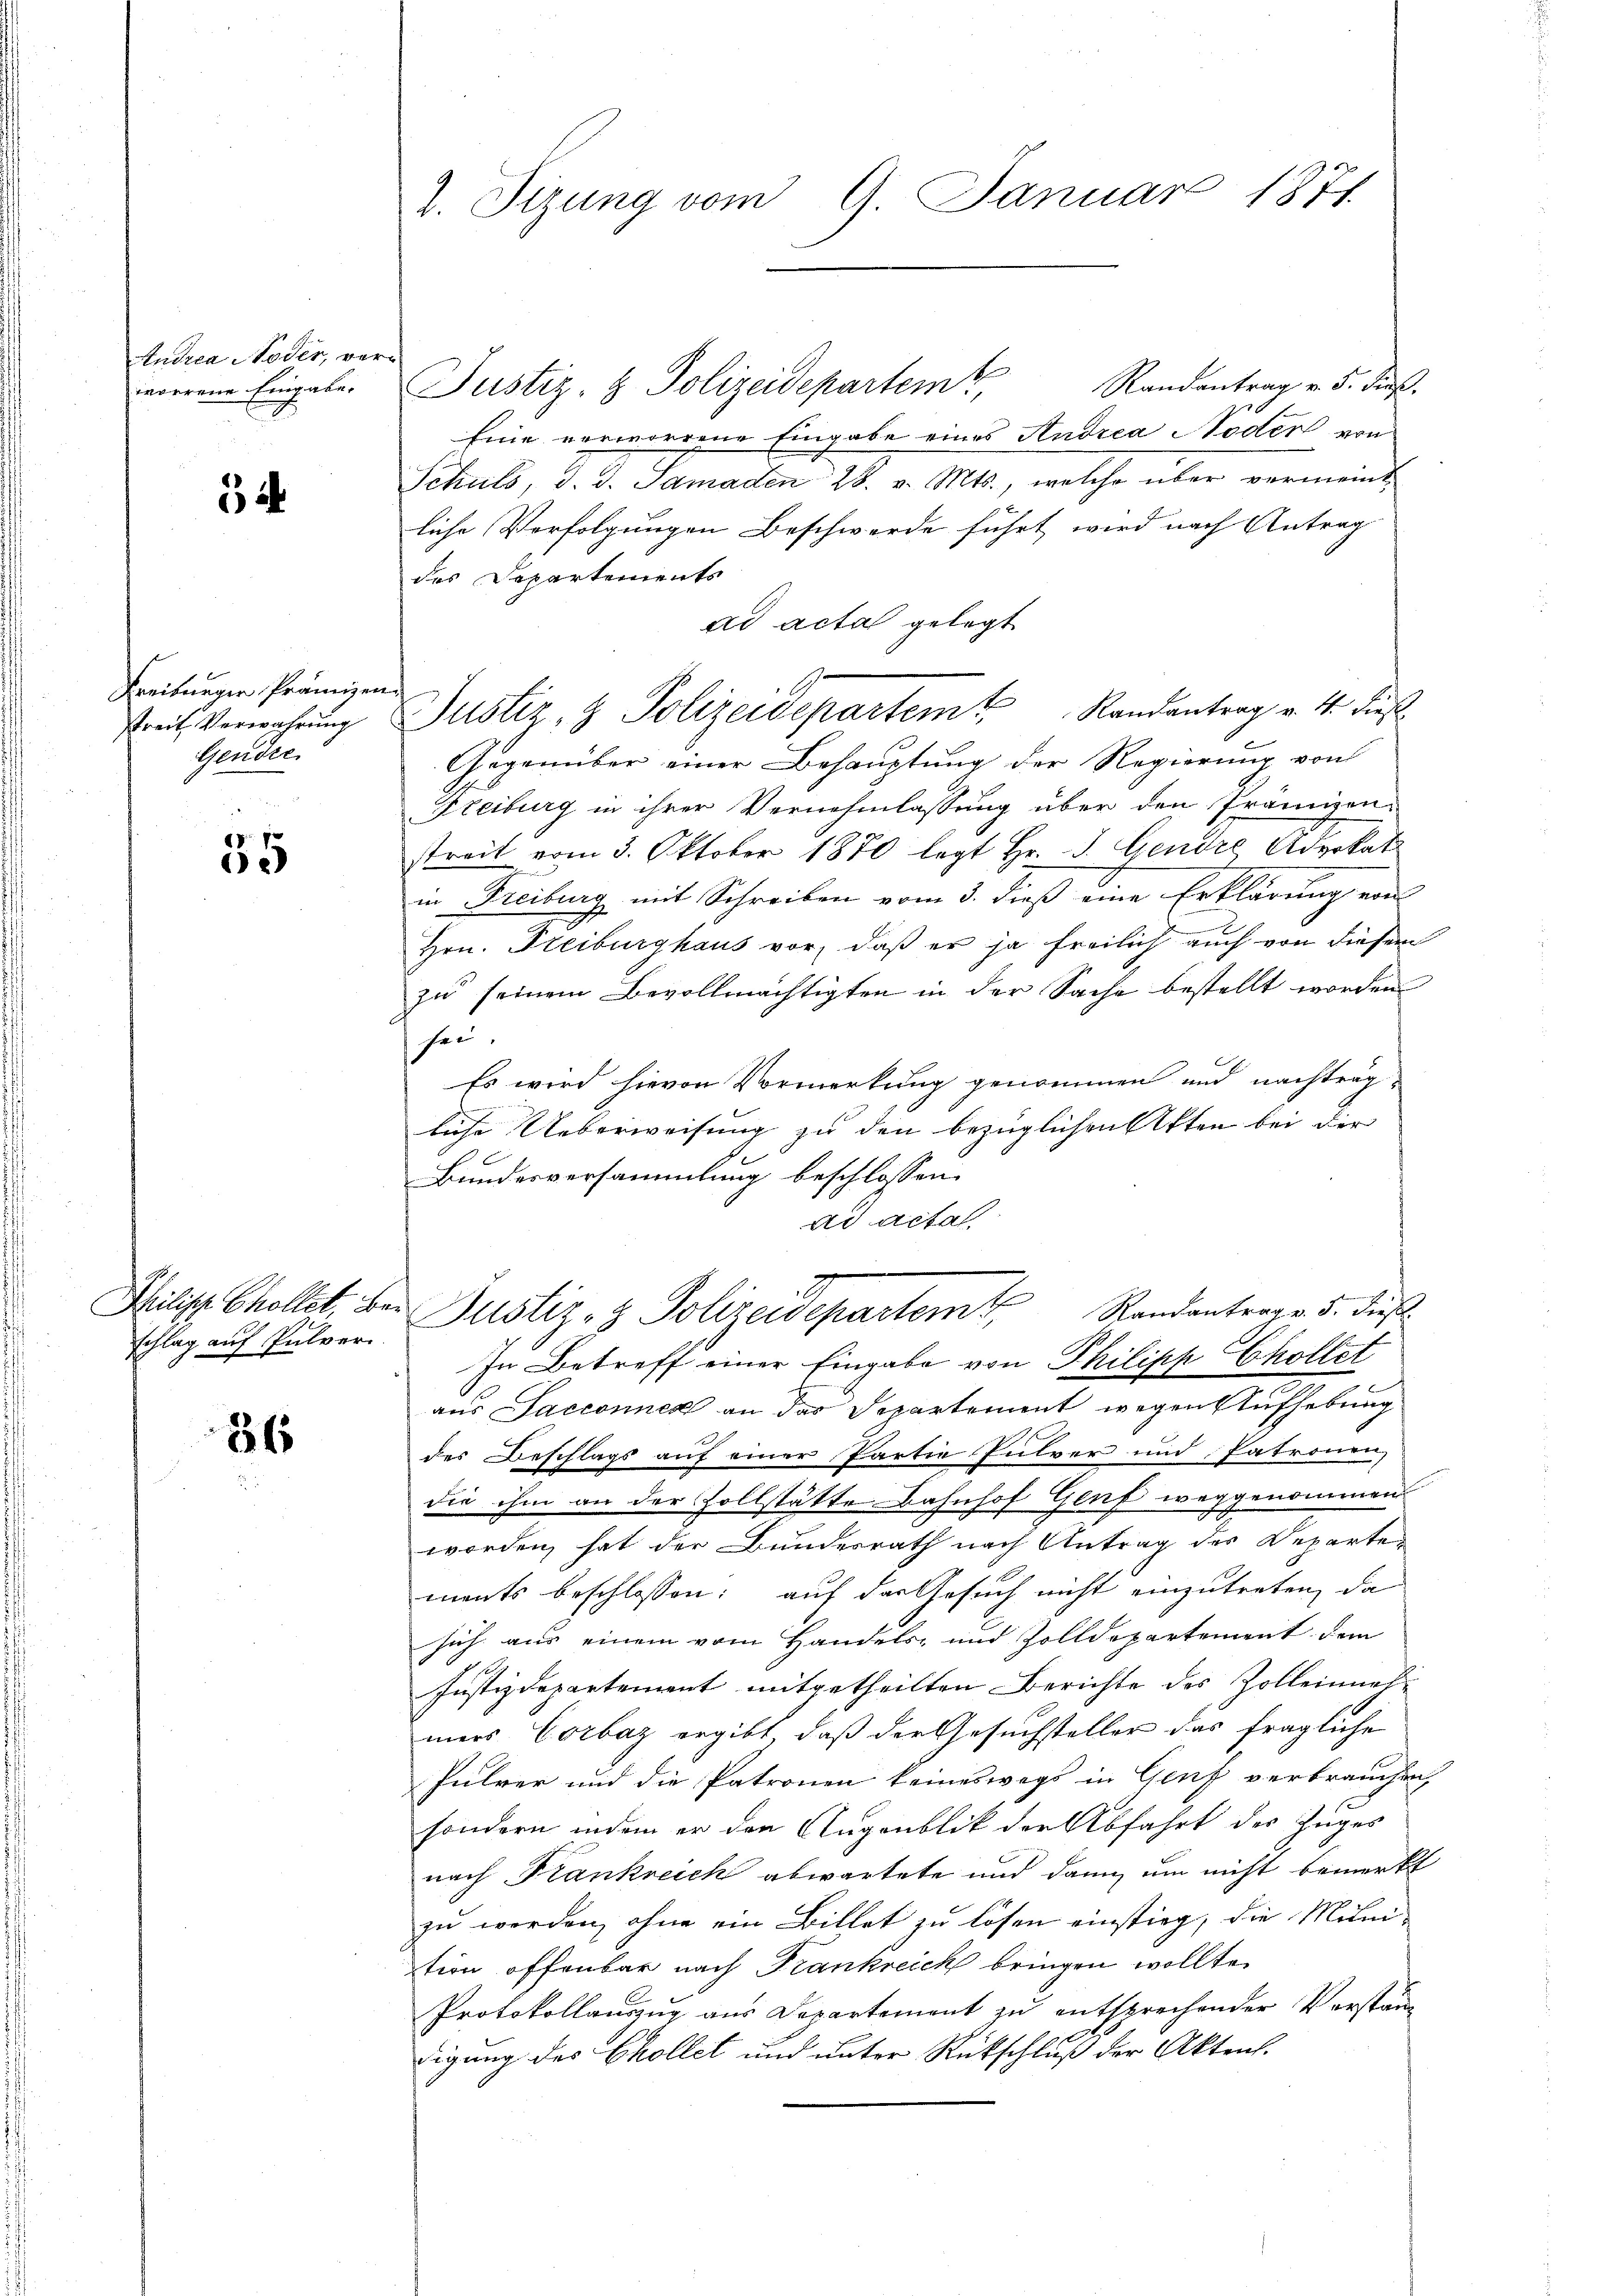
Andrea Noder, verworrene Eingabe.

3

Freiburger Prämien
Gendre.

35

schlag auf Pulver.

36

2. Sizung vom 9. Januar 1877.

Randantrag v. 5. dieß.
Eine vorworrene Eingabe eines Andrea Noder von
Schuls, d. d. Samaden 28. v. Mts., welche über vermeind
liche Verfolgungen Beschwerde führt wird nach Antrag
des Departements
ad acta gelegt
Gegenüber einer Behauptung der Regierung von
Freiburg in ihrer Vernehmlassung über den Prämizen-
streit vom 3. Oktober 1870 legt Hr. J. Gendre Advokat
in Freiburg mit Schreiben vom 3. dieß eine Erklärung von
Hrn. Freiburghaus vor, daß er ja freilich auch von diesem
zu seinem Bevollmächtigten in der Sache bestellt worden
sei.
Es wird hievon Vormerkung genommen und nachträgliche Ueberweisung zu den bezüglichen Akten bei der
Se
Bundesversammlung beschlossen:
ad actal
Philist. Chollet, bei Justiz- & Polizeidepartem Randantrage 5. dieß
In Betreff einer Eingabe von Philipp Chollet
aus Sacconnen an das Separtement wegen Aufhebung
des Beschlags auf einer Partie Pulver und Patronen,
die ihm an der Zollstätte Bahnhof Genf weggenommen
worden, hat der Bundesrath nach Antrag des Departements beschlossen: auf das Gesuch nicht einzutreten, da
sich aus einem vom Handels- und Zolldepartement dem
Justizdepartement mitgetheilten Berichte des Zolleinnahmers Corbaz ergibt, daß der Gesuchsteller das fragliche
Pulver und die Patronen keineswegs in Genf verbrauchen,
sondern indem er den Augenblik der Abfahrt des Zuges
nach Frankreich abwartete und dann um nicht bemerkt
zu werden, ohne ein Billet zu lösen einstieg, die Mini-
tion offenbar nach Frankreich bringen wollte.
Protokollauszug aus Departement zu entsprechender Verständ
digung des Collet und unter Rütschluß der Akten.

Justiz- & Polizeidepartem,

Preis Verwahrung u Justiz & Polizeidepartem Randantrag v. 4. dieß